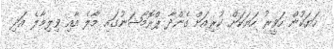
ހަޔަކުން ހަވީރު ހަޔަކަށް ކުރިއަށް ގެންދާ ޕްރޮމޯޝަނުގައި މާލެ އާއި ވިލިމާލެ އަދި